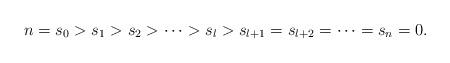
LaTeX: \begin{align*}n=s_0>s_1>s_2>\cdots>s_{l}>s_{l+1}=s_{l+2}=\cdots=s_{n}=0.\end{align*}